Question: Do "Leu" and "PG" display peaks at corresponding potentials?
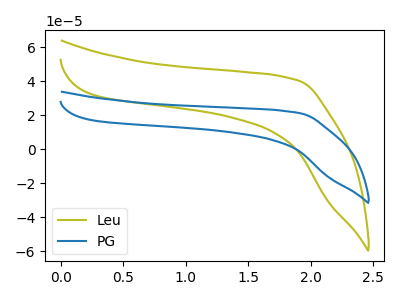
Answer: <think>The olive curve "Leu" has no peaks. The blue curve "PG" has no peaks.</think>
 <answer>Niether CV has any peaks.</answer>
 <eval>blanks</eval>